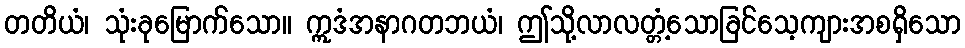
တတိယံ၊ သုံးခုမြောက်သော။ ဣဒံအနာဂတဘယံ၊ ဤသို့လာလတ္တံ့သောခြင်သေ့ကျားအစရှိသော